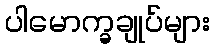
ပါမောက္ခချုပ်များ